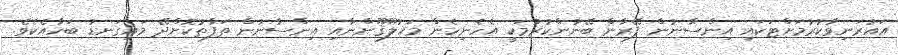
އައުރަނިވާކުރުމަށްޓަކައި އިންސާނުން ފޭރާން ބޭނުންކުރުމަކީ އެހެނިހެން މަޚުލޫޤޫންނާއި އިންސާނުން ތަފާތުކޮށްދޭ މައިގަނޑު ބަހާއެކެވެ.